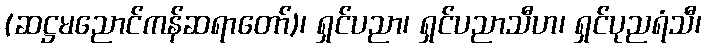
(ဆဋ္ဌမညောင်ကန်ဆရာတော်)၊ ရှင်ပညာ၊ ရှင်ပညာသီဟ၊ ရှင်ပုညရံသီ၊